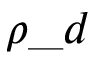
\rho \_ d